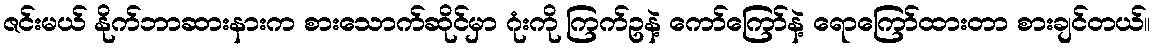
ဇင်းမယ် နိုက်ဘာဆားနားက စားသောက်ဆိုင်မှာ ဂုံးကို ကြက်ဥနဲ့ ကော်ကြော်နဲ့ ရောကြော်ထားတာ စားချင်တယ်။